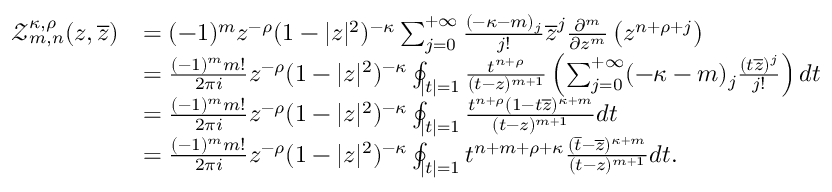
\begin{array} { r l } { \mathcal { Z } _ { m , n } ^ { \kappa , \rho } ( z , \overline { { z } } ) } & { = ( - 1 ) ^ { m } z ^ { - \rho } ( 1 - | z | ^ { 2 } ) ^ { - \kappa } \sum _ { j = 0 } ^ { + \infty } \frac { ( - \kappa - m ) _ { j } } { j ! } \overline { { z } } ^ { j } \frac { \partial ^ { m } } { \partial z ^ { m } } \left( z ^ { n + \rho + j } \right) } \\ & { = \frac { ( - 1 ) ^ { m } m ! } { 2 \pi i } z ^ { - \rho } ( 1 - | z | ^ { 2 } ) ^ { - \kappa } \oint _ { \mid t \mid = 1 } \frac { t ^ { n + \rho } } { ( t - z ) ^ { m + 1 } } \left( \sum _ { j = 0 } ^ { + \infty } ( - \kappa - m ) _ { j } \frac { ( t \overline { { z } } ) ^ { j } } { j ! } \right) d t } \\ & { = \frac { ( - 1 ) ^ { m } m ! } { 2 \pi i } z ^ { - \rho } ( 1 - | z | ^ { 2 } ) ^ { - \kappa } \oint _ { \mid t \mid = 1 } \frac { t ^ { n + \rho } ( 1 - t \overline { { z } } ) ^ { \kappa + m } } { ( t - z ) ^ { m + 1 } } d t } \\ & { = \frac { ( - 1 ) ^ { m } m ! } { 2 \pi i } z ^ { - \rho } ( 1 - | z | ^ { 2 } ) ^ { - \kappa } \oint _ { \mid t \mid = 1 } t ^ { n + m + \rho + \kappa } \frac { ( \overline { { t } } - \overline { { z } } ) ^ { \kappa + m } } { ( t - z ) ^ { m + 1 } } d t . } \end{array}